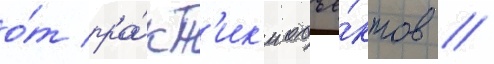
о́т пра́кт'ик'и объе́ктов //